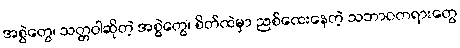
အစွဲတွေ၊ သတ္တဝါဆိုတဲ့ အစွဲတွေ၊ စိတ်ထဲမှာ ညစ်ထေးနေတဲ့ သဘာဝတရားတွေ